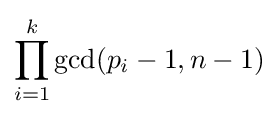
\prod _{i=1}^{k}\gcd(p_{i}-1,n-1)